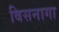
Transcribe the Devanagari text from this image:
बिसनागा